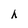
Character: h